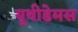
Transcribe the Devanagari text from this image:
यूथीडेमस